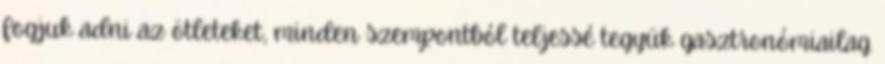
fogjuk adni az ötleteket, minden szempontból teljessé tegyük gasztronómiailag.